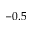
- 0 . 5